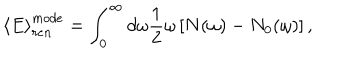
\left< E \right> _ { r e n } ^ { m o d e } = \int _ { 0 } ^ { \infty } d \omega \frac 1 { 2 } \omega \left[ N ( \omega ) - N _ { 0 } ( \omega ) \right] ,